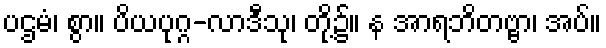
ပဌမံ၊ စွာ။ ပိယပုဂ္ဂ-လာဒီသု၊ တို့၌။ န အာရဘိတဗ္ဗာ၊ အပ်။